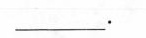
___.